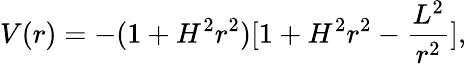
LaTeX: V(r)=-(1+H^{2}r^{2})[1+H^{2}r^{2}-\frac{L^{2}}{r^{2}}],